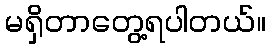
မရှိတာတွေ့ရပါတယ်။